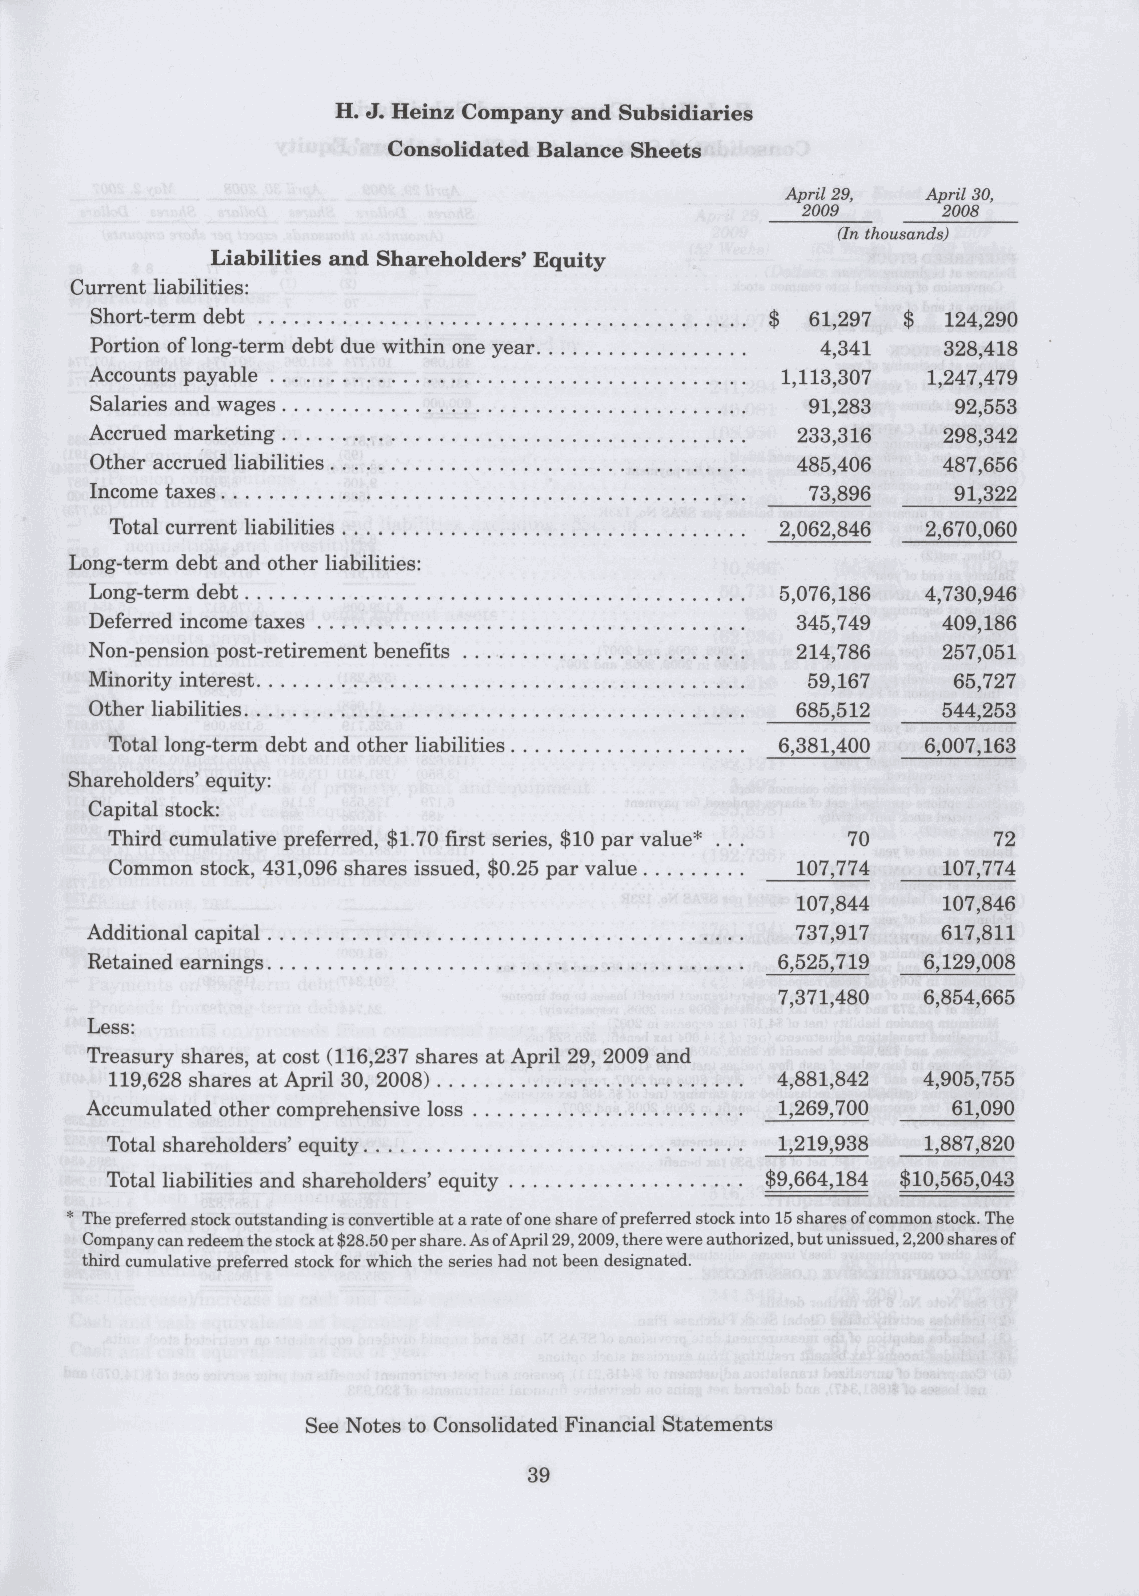
April 29, April 30,
 2009     2008
 (In thousands)
 Liabilities and Shareholders' Equity
 Current liabilities:
 Short-term debt                              $ 61,297 $  124,290
 Portion of long-term debt due within one year   4,341   328,418
 Accounts payable                              1,113,307 1,247,479
 Salaries and wages                             91,283    92,553
 Accrued marketing                              233,316  298,342
 Other accrued liabilities                      485,406  487,656
 Income taxes                                   73,896    91,322
 Total current liabilities                    2,062,846 2,670,060
 Long-term debt and other liabilities:
 Long-term debt                                5,076,186 4,730,946
 Deferred income taxes . . .                    345,749  409,186
 Non-pension post-retirement benefits           214,786  257,051
 Minority interest                              59,167    65,727
 Other liabilities                              685,512  544,253
 Total long-term debt and other liabilities  6,381,400 6,007,163
 Shareholders' equity:
 Capital stock:
 Third cumulative preferred, $1.70 first series, $10 par value* ... 70 72
 Common stock, 431,096 shares issued, $0.25 par value 107,774 107,774
 107,844  107,846
 Additional capital                             737,917  617,811
 Retained earnings                            6,525,719 6,129,008
 7,371,480 6,854,665
 Less:
 Treasury shares, at cost (116,237 shares at April 29, 2009 and
 119,628 shares at April 30, 2008)           4,881,842 4,905,755
 Accumulated other comprehensive loss         1,269,700   61,090
 Total shareholders' equity                  1,219,938 1,887,820
 Total liabilities and shareholders' equity  $9,664,184 $10,565,043
 * The preferred stock outstanding is convertible at a rate of one share of preferred stock into 15 shares of common stock. The
 Company can redeem the stock at $28.50 per share. As of April 29,2009, there were authorized, but unissued, 2,200 shares of
 third cumulative preferred stock for which the series had not been designated.